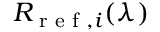
R _ { \textrm { r e f } , i } ( \lambda )